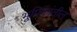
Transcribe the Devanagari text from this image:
भूमिकांतील